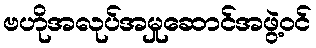
ဗဟိုအလုပ်အမှုဆောင်အဖွဲ့ဝင်